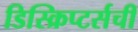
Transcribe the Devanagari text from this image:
डिस्क्रिप्टर्सची